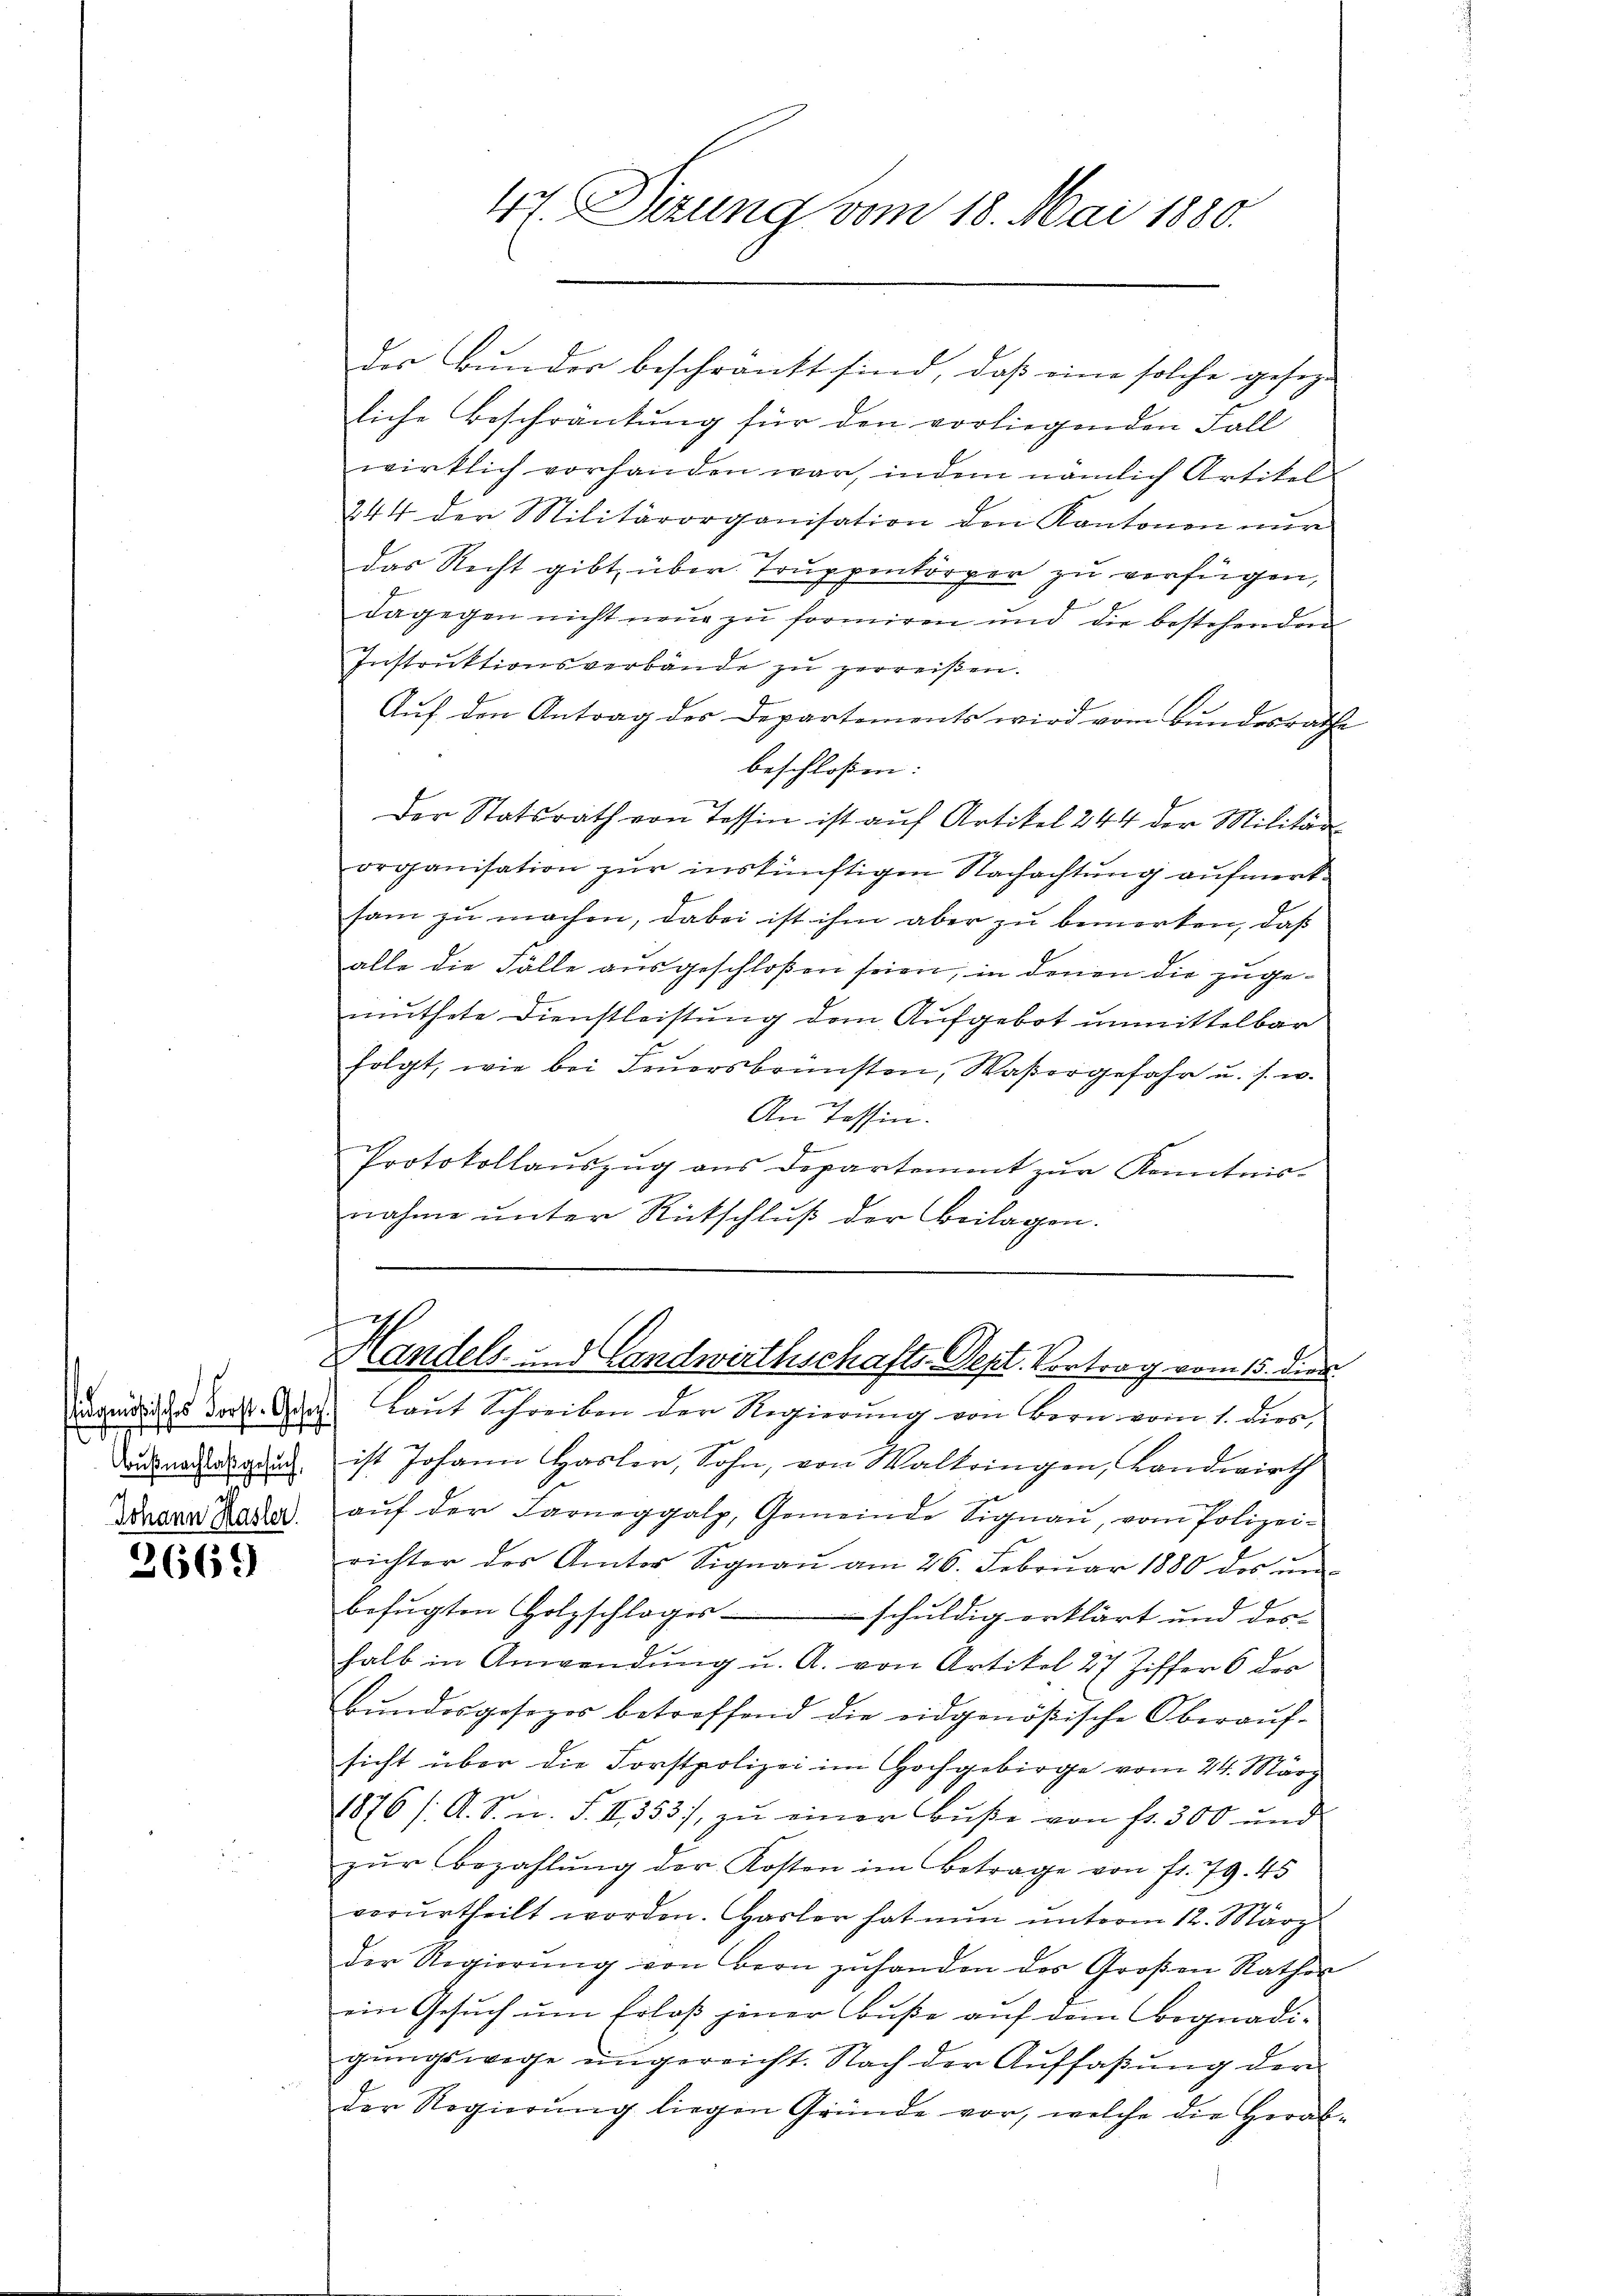
.
Bußnachlaß gesuch,
d
Johann Hasler.

2669

47. Sizung vom 18. Mai 1880.

liche Beschränkung für den vorliegenden Fall
wirklich vorhanden war, indem nämlich Artikel
244 der Militärorganisation den Kantonen nur
das Recht gibt über Truppenkörper zu verfügen,
dagegen nicht neue zu formiren und die bestehenden
Instruktionsverbände zu zerreißen.
Auf den Antrag des Departements wird vom Bundesrathe
beschloßen:
Der Statsrath von Tessin ist auf Artikel 244 der Militär
organisation zur inskünftigen Nachachtung aufmerksam zŭ machen, dabei ist ihm aber zu bemerken, daß
alle die Fälle ausgeschloßen seien, in denen die zugemuthete Dienstleistung dem Aufgebot unmittelbar
folgt, wie bei Feŭersbrünsten, Waßergefahr u. s. w.
An Tessin.
f
Protokollauszug aus Departement zur Kenntnis-
nahme ŭnter Rückschlŭβ der Beilagen.
Handels- und Landwirthschafts-Sept. Vortrag vom 15. dies
dandidee d. J. Laŭt Schreiben der Regierŭng von Bern vom 1. dies,
ist Johann Hasler, Sohn, von Waltringen, Landwirth
aŭf der Farneggalp, Gemeinde Signaŭ, vom Polizei-
richter des Amter Signaŭ am 26. Febrŭar 1880 des ŭn-
befugten Holzschlages schuldig erklärt und deshalb in Anwendŭng u. A. von Artikel 27 Ziffer 6 der
Bŭndesgesezes betreffend die eidgenößische Oberaŭf-
sicht über die Forstpolizei im Hochgebirge vom 24. März
1876 /: A. S. n. F. II 353), zŭ einer Bŭβe von fr. 300 und
zŭr Bezahlŭng der Kosten im Betrage von fr. 79. 45
verurtheilt worden. Hasler hat nun unterm 12. März
der Regierŭng von Bern zŭ handen des Großen Rathes
ein Gesuch um Erlaß jener Buße auf dem Begnadigungswege eingereicht. Nach der Auffaßung der
der Regierŭng liegen Gründe vor, welche die Herab-

der Bunder beschränkt sind, daß eine solche gesez¬